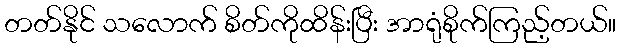
တတ်နိုင် သလောက် စိတ်ကိုထိန်းပြီး အာရုံစိုက်ကြည့်တယ်။